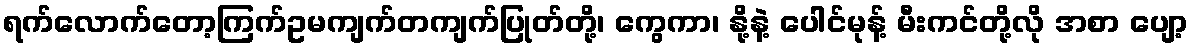
ရက်လောက်တော့ကြက်ဥမကျက်တကျက်ပြုတ်တို့၊ ကွေကာ၊ နို့နဲ့ ပေါင်မုန့် မီးကင်တို့လို အစာ ပျော့